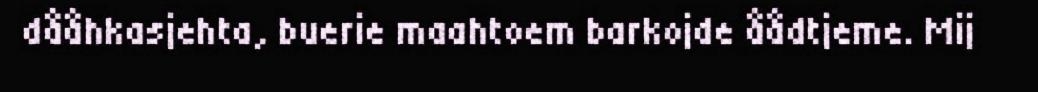
dååhkasjehta, buerie maahtoem barkojde åådtjeme. Mij